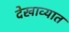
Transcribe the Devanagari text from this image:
देखाव्यात